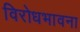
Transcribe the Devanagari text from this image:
विरोधभावना